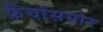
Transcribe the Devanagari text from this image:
फ्रेंचांसमोर